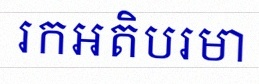
រកអតិបរមា